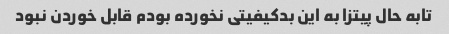
تابه حال پیتزا به این بدکیفیتی نخورده بودم قابل خوردن نبود